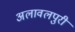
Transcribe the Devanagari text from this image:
अलावलपुरी